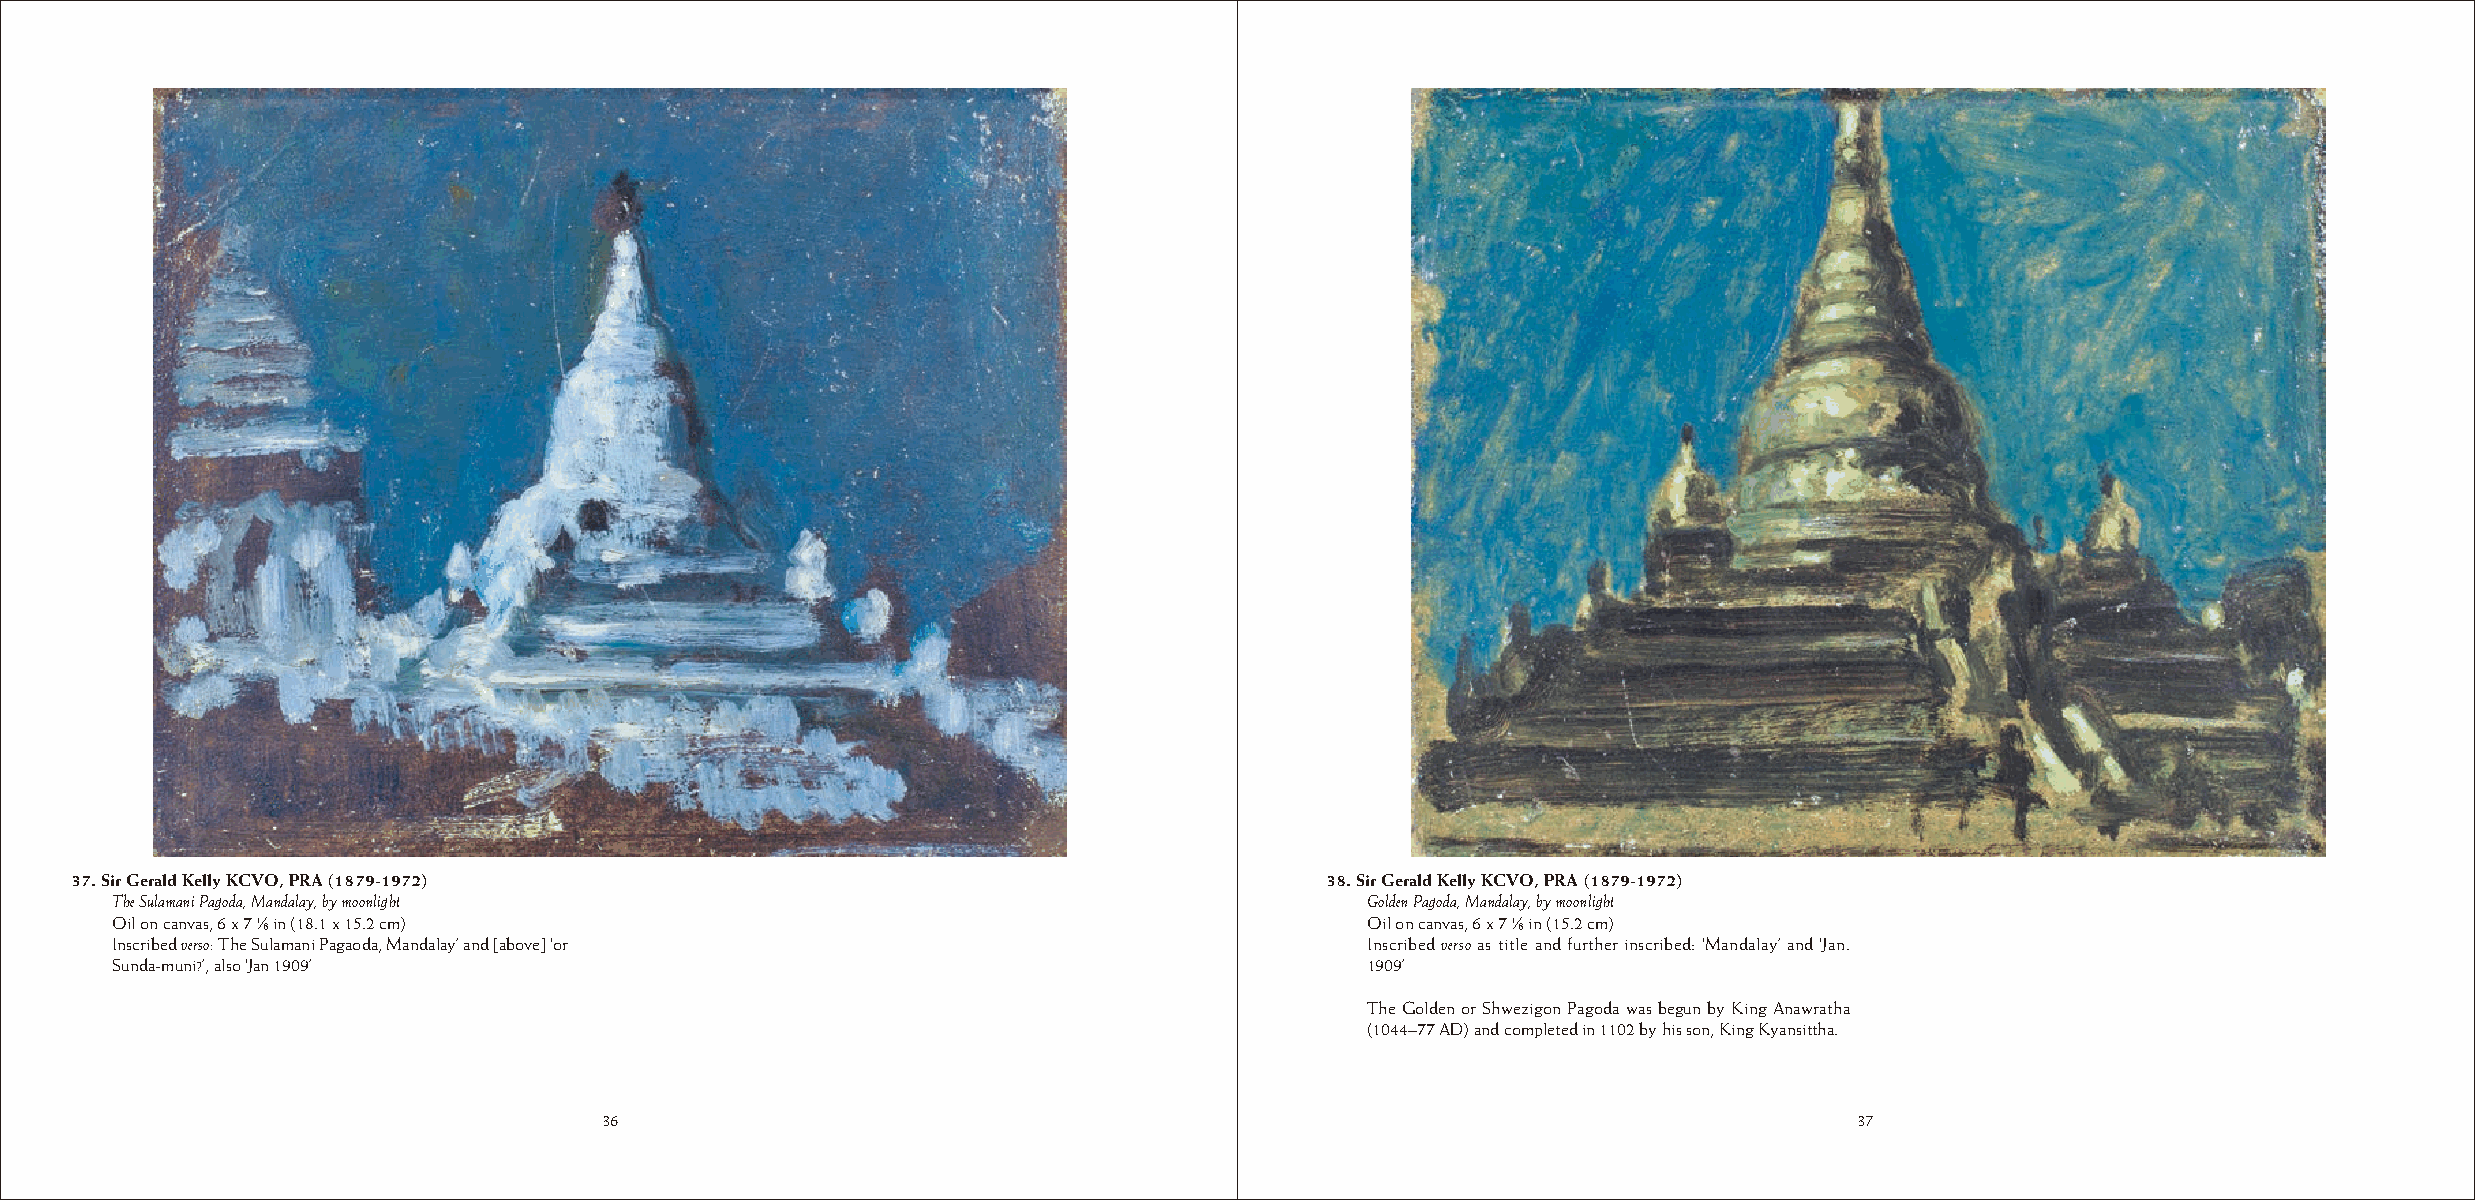
37. Sir Gerald Kelly KCVO, PRA (1879-1972)                                         38. Sir Gerald Kelly KCVO, PRA (1879-1972)
 The Sulamani Pagoda, Mandalay, by moonlight                                         Golden Pagoda, Mandalay, by moonlight
 Oil on canvas, 6 x 7 ¿ in (18.1 x 15.2 cm)                                          Oil on canvas, 6 x 7 ¿ in (15.2 cm)
 Inscribed verso: The Sulamani Pagaoda, Mandalay’ and [above] ‘or                    Inscribed verso as title and further inscribed: ‘Mandalay’ and ‘Jan.
 Sunda-muni?’, also ‘Jan 1909’                                                       1909’
 The Golden or Shwezigon Pagoda was begun by King Anawratha
 (1044–77 AD) and completed in 1102 by his son, King Kyansittha.
 36                                                                                 37
 36                                                                                 37